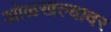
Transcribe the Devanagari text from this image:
ओळखल्यावर